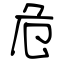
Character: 危